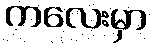
ကလေးမှာ